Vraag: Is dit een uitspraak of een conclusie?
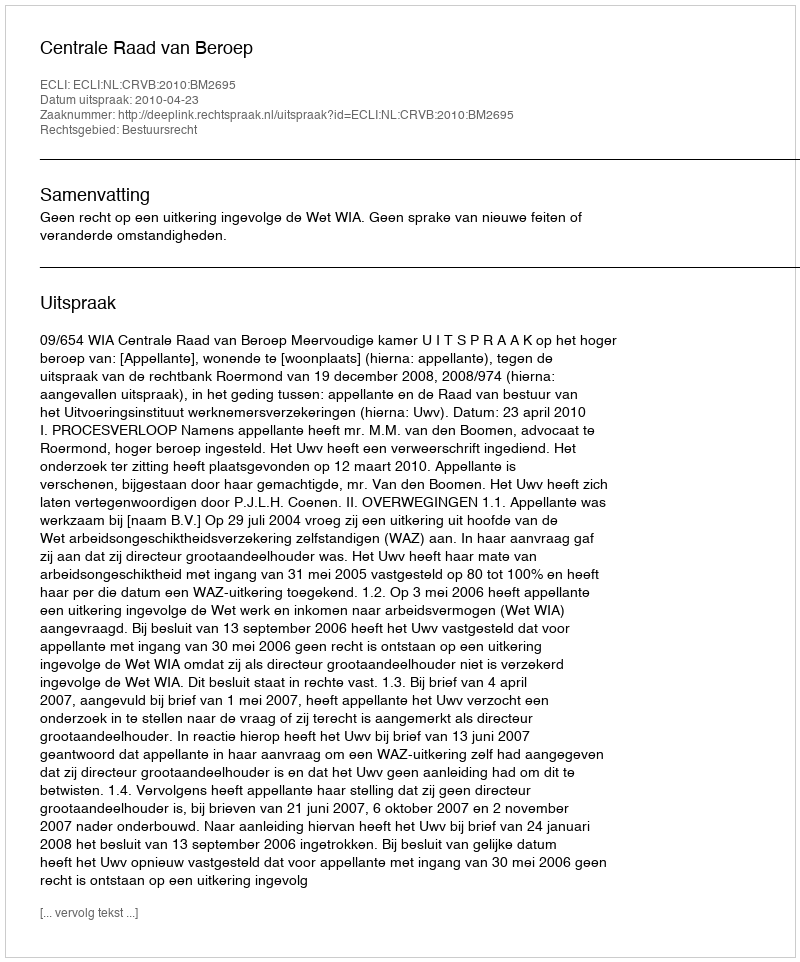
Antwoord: Uitspraak